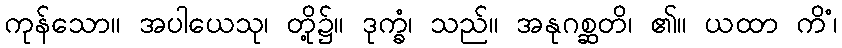
ကုန်သော။ အပါယေသု၊ တို့၌။ ဒုက္ခံ၊ သည်။ အနုဂစ္ဆတိ၊ ၏။ ယထာ ကိံ၊